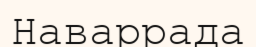
Наваррада